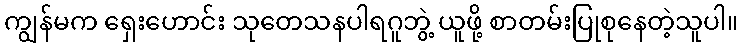
ကျွန်မက ရှေးဟောင်း သုတေသနပါရဂူဘွဲ့ ယူဖို့ စာတမ်းပြုစုနေတဲ့သူပါ။